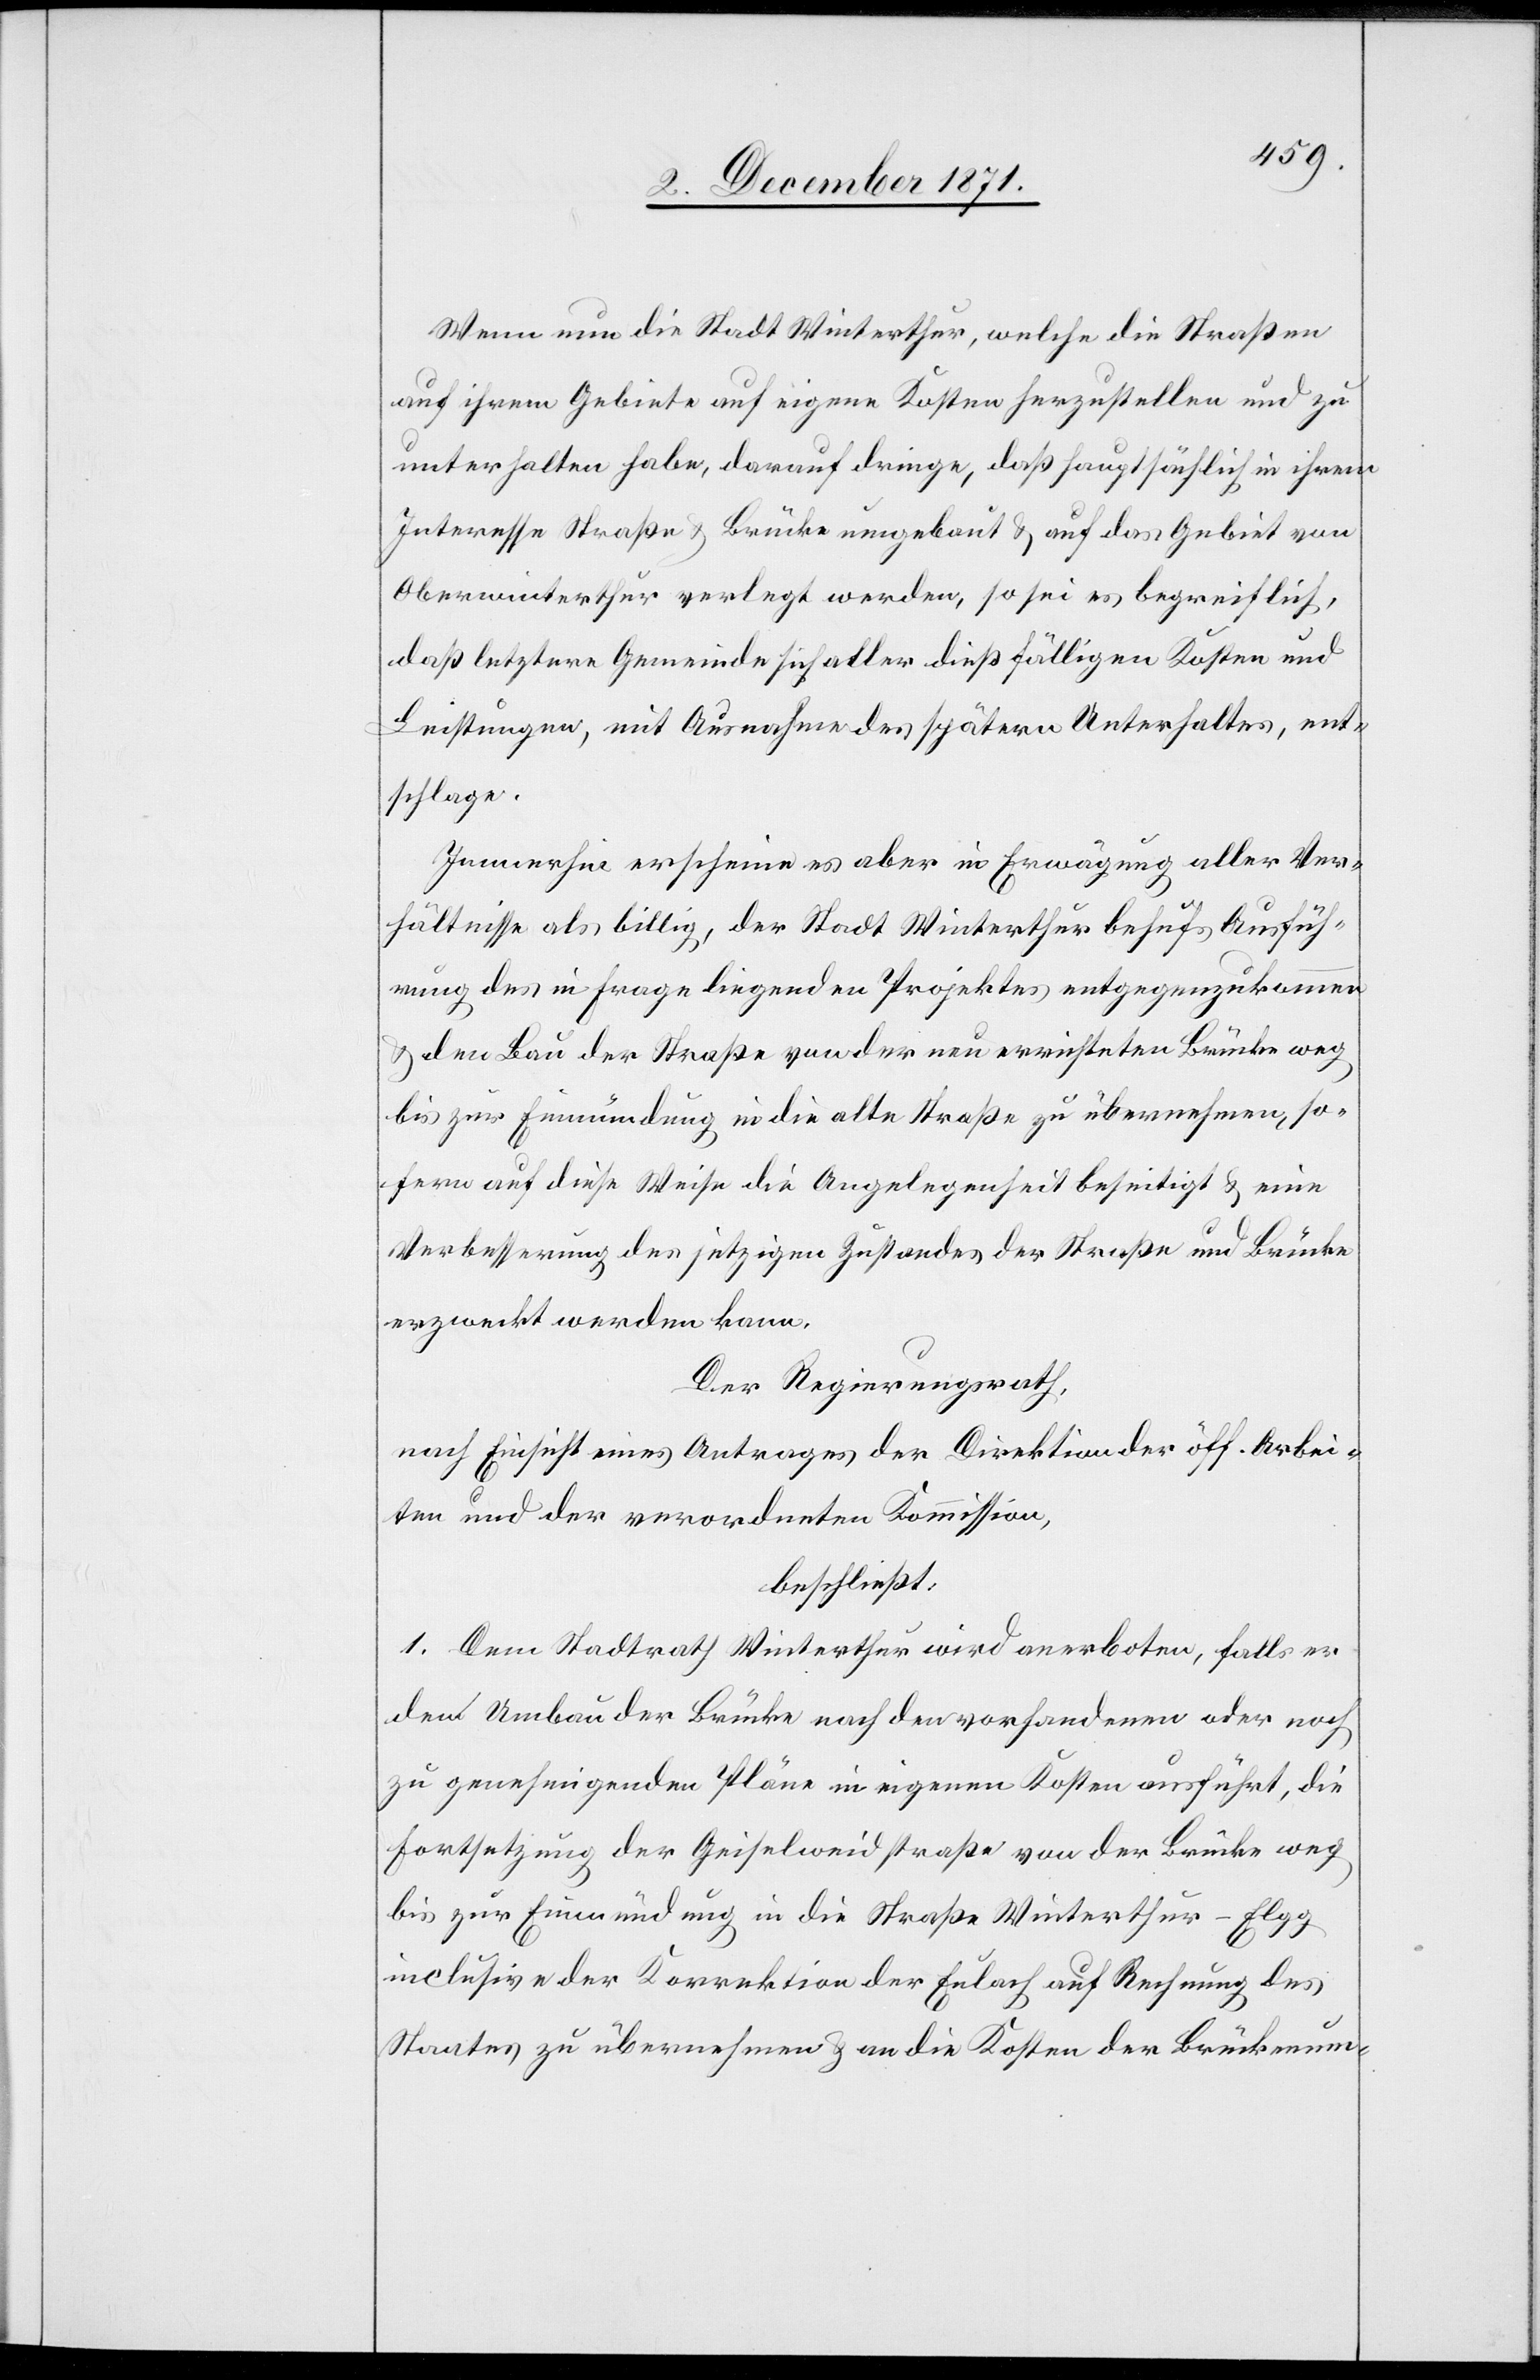
Wenn nun die Stadt Winterthur, welche die Straßen
auf ihrem Gebiete auf eigene Kosten herzustellen und zu
unterhalten habe, darauf dränge, daß hauptsächlich in ihrem
Interesse Straßen & Brücken umgebaut & auf das Gebiet von
Oberwinterthur verlegt werden, so sei es begreiflich,
daß letztere Gemeinde sich aller dießfälligen Kosten und
Leistungen, mit Ausnahme des spätern Unterhaltes, ent¬
schlage.
Immerhin erscheine es aber in Erwägung aller Ver¬
hältnisse als billig, der Stadt Winterthur behufs Ausfüh¬
rung des in Frage liegenden Projektes entgegenzukommen
& den Bau der Straße von der neu errichteten Brücke weg
bis zur Einmündung in die alte Straße zu übernehmen, so¬
fern auf diese Weise die Angelegenheit beseitigt & eine
Verbesserung des jetzigen Zustandes der Straße und Brücke
erzweckt werden kann.
Der Regierungsrath,
nach Einsicht eines Antrages der Direktion der öff. Arbei¬
ten und der verordneten Kommission,
beschließt:
1. Dem Stadtrath Winterthur wird anerboten, falls er
den Umbau der Brücke nach den vorhandenen oder noch
zu genehmigenden Pläne in eigenen Kosten ausführt, die
Fortsetzung der Geiselweidstraße von der Brücke weg
bis zur Einmündung in die Straße Winterthur-Elgg
inclusive der Korrektion der Eulach auf Rechnung des
Staates zu übernehmen & an die Kosten der Brückenum-